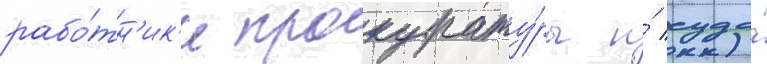
рабо́тн'ик'и прокурату́ры и́ суда́